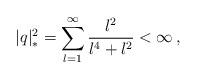
LaTeX: \begin{align*}|q|_{\ast}^{2}=\sum_{l=1}^{\infty}\frac{l^{2}}{l^{4}+l^{2}}<\infty\,,\end{align*}